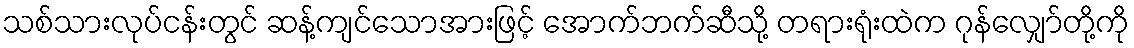
သစ်သားလုပ်ငန်းတွင် ဆန့်ကျင်သောအားဖြင့် အောက်ဘက်ဆီသို့ တရားရုံးထဲက ဂုန်လျှော်တို့ကို